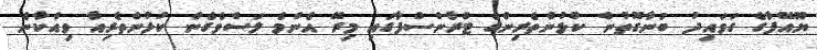
ޔޫއޭފާގެ ގަވައިދު ބުނާގޮތުން ކުޅުންތެރިންގެ ޓްރާންސްފާގައި މިރޭ އެންމެ ލަސްވެގެން ކުޅުންތެރިއާ ވިއްކާނެ